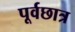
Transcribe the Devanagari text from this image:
पूर्वछात्र